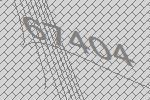
67404